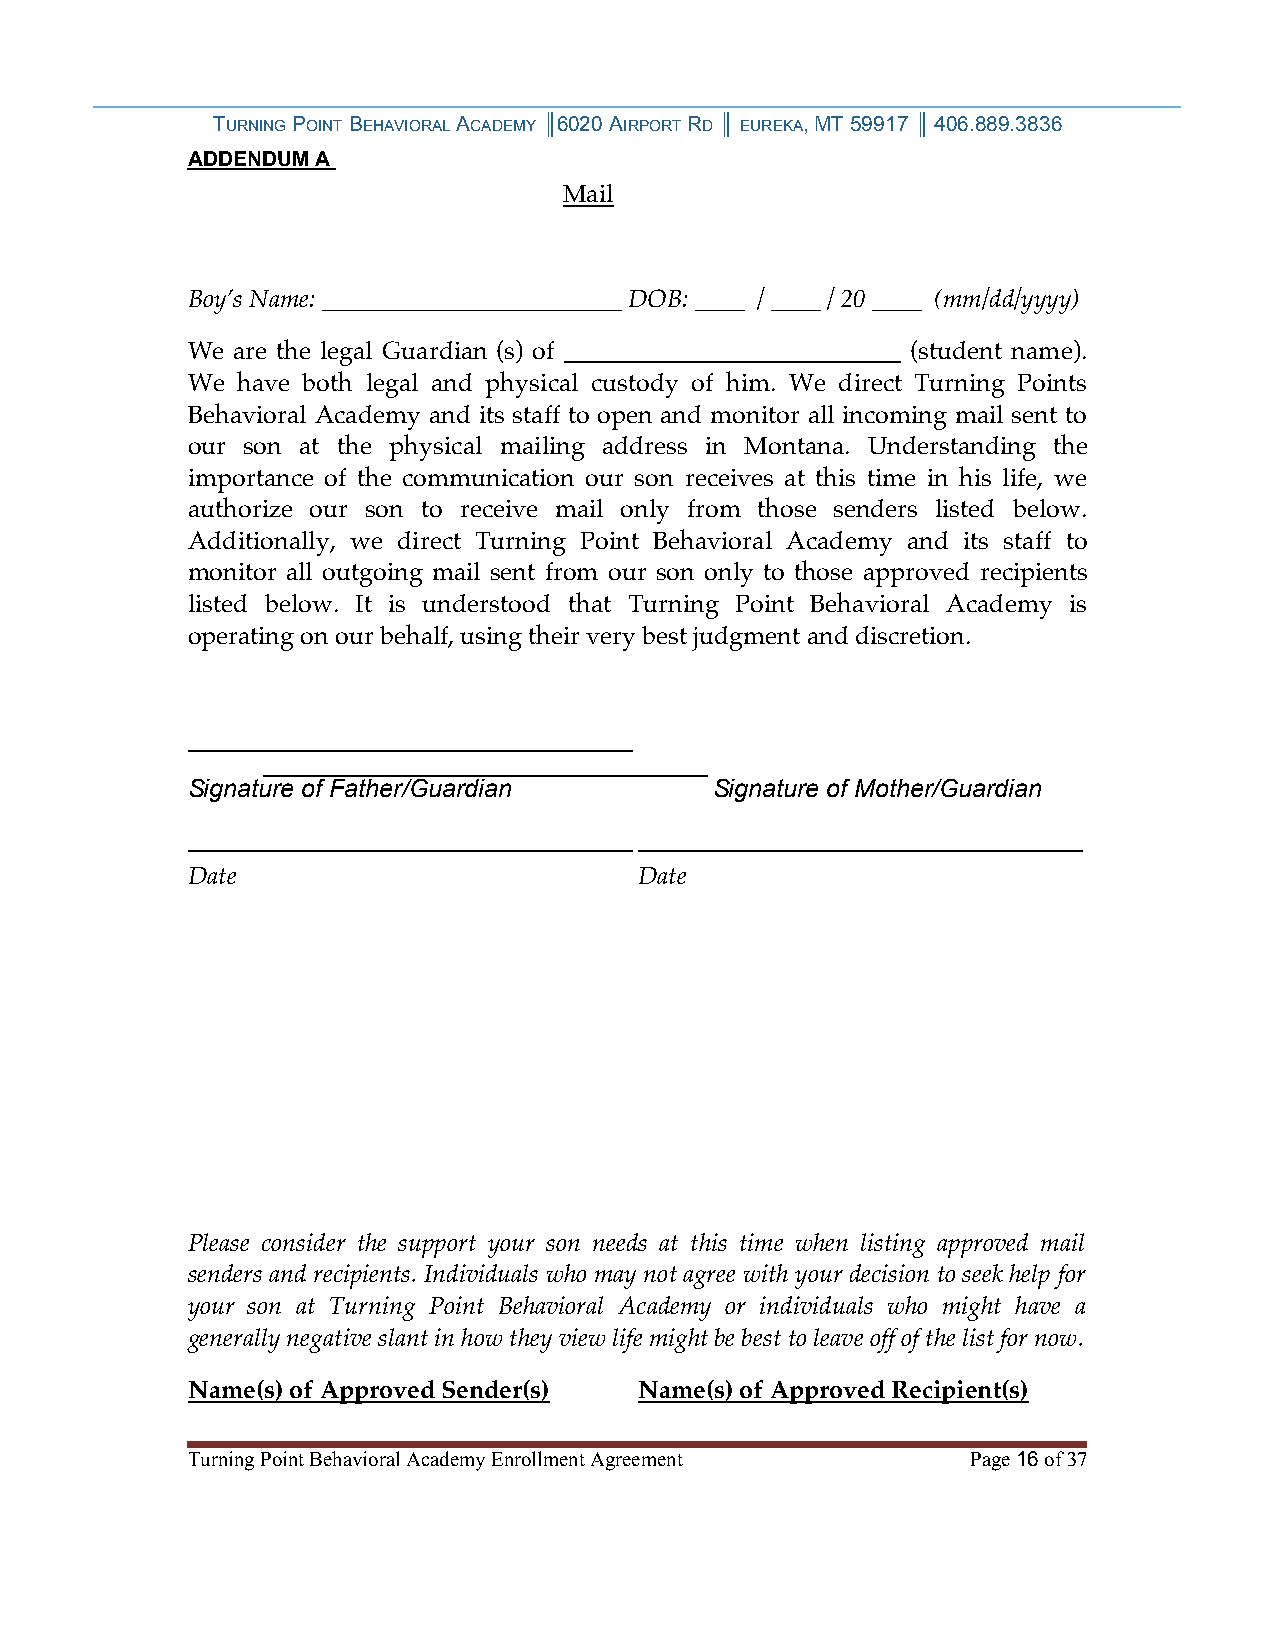
TURNING POINT BEHAVIORAL ACADEMY ║6020 AIRPORT RD ║ EUREKA, MT 59917 ║ 406.889.3836
 ADDENDUM A
 Mail
 Boy’s Name: ________________________ DOB: ____ / ____ / 20 ____ (mm/dd/yyyy)
 We are the legal Guardian (s) of ___________________________ (student name).
 We  have both legal and physical custody of him. We direct Turning Points
 Behavioral Academy and its staff to open and monitor all incoming mail sent to
 our son at the physical mailing address in Montana. Understanding the
 importance of the communication our son receives at this time in his life, we
 authorize our son to receive mail only from those senders listed below.
 Additionally, we direct Turning Point Behavioral Academy and its staff to
 monitor all outgoing mail sent from our son only to those approved recipients
 listed below. It is understood that Turning Point Behavioral Academy is
 operating on our behalf, using their very best judgment and discretion.
 ________________________________
 ________________________________
 Signature of Father/Guardian       Signature of Mother/Guardian
 ________________________________________________________________
 Date                          Date
 Please consider the support your son needs at this time when listing approved mail
 senders and recipients. Individuals who may not agree with your decision to seek help for
 your son at Turning Point Behavioral Academy or individuals who might have a
 generally negative slant in how they view life might be best to leave off of the list for now.
 Name(s) of Approved Sender(s) Name(s) of Approved Recipient(s)
 Turning Point Behavioral Academy Enrollment Agreement Page 16 of 37